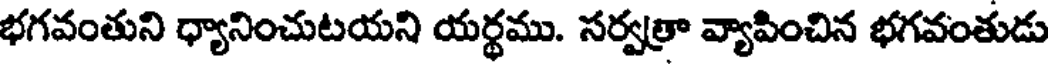
భగవంతుని ధ్యానించుటయని యర్థము. సర్వత్రా వ్యాపించిన భగవంతుడు